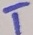
Text: T